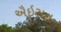
ઐઇસન